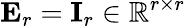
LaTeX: \mathbf{E}_{r}=\mathbf{I}_{r}\in\mathbb{R}^{r\times r}